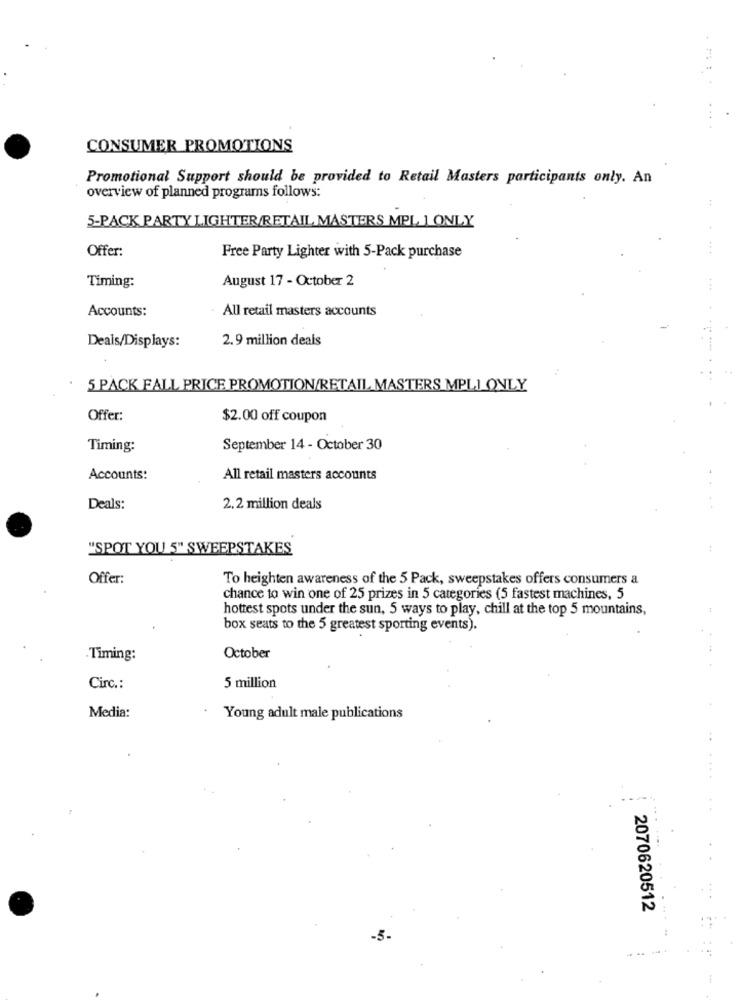
....
CONSUMER PROMOTIONS
Promotional Support should be provided to Retail Masters participants only. An
overview of planned programs follows:
5-PACK PARTY LIGHTER/RETAIL MASTERS MPL, 1 ONLY
Offer:
Free Party Lighter with 5-Pack purchase
August 17 - October 2
Timing:
Accounts:
All retail masters accounts
Deals/Displays:
2.9 million deals
5 PACK FALL PRICE PROMOTION/RETAIL MASTERS MPLI ONLY
Offer:
$2.00 off coupon
Timing:
September 14 - October 30
Accounts:
All retail masters accounts
Deals:
2.2 million deals
"SPOT YOU 5" SWEEPSTAKES
Offer:
To heighten awareness of the 5 Pack, sweepstakes offers consumers a
chance to win one of 25 prizes in 5 categories (5 fastest machines, 5
hottest spots under the sun, 5 ways to play, chill at the top 5 mountains,
box seats to the 5 greatest sporting events).
.Timing:
October
Circ .:
5 million
Media:
Young adult male publications
2070620512